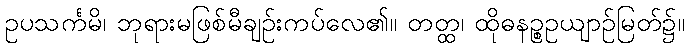
ဥပသင်္ကမိ၊ ဘုရားမဖြစ်မီချဉ်းကပ်လေ၏။ တတ္ထ၊ ထိုဓနဉ္စဥယျာဉ်မြတ်၌။